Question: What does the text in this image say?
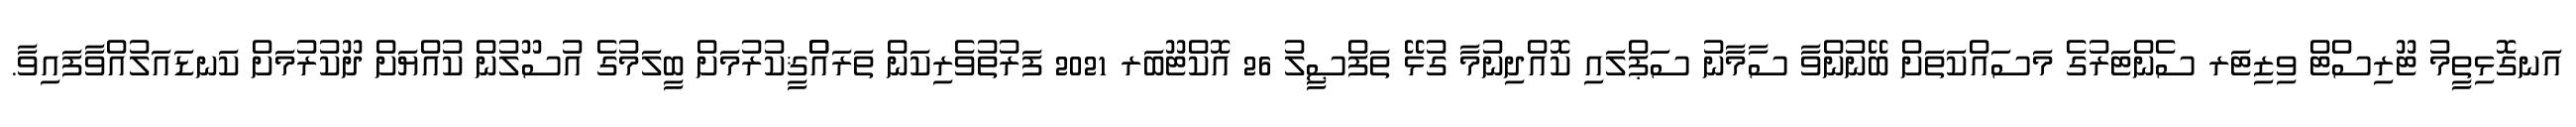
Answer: އަނގޮޅިތީމު ޓޫރިސްޓް ވިޒިޓަރ ސެންޓަރުގެ މަސައްކަތަށް ބޭނުންވާ ސާމާނު ސަޕްލައި ކޮއްދިނުމާ ގުޅޭ ތަފްޞީލު 26 އޮކްޓޫބަރ 2021 ފަރުތުވެރިކަން ތަރައްްޤީކުރުމަށް ބީލަމުގެ އުސޫލުން ކުއްޔަށް ދޫކުރުމަށް ކަނޑައަލުއްވާފައިވާ.